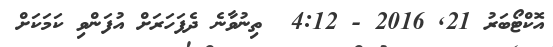
އޮކްޓޯބަރު 21